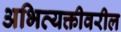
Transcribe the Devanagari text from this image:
अभिव्यक्तीवरील